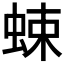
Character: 𧋐